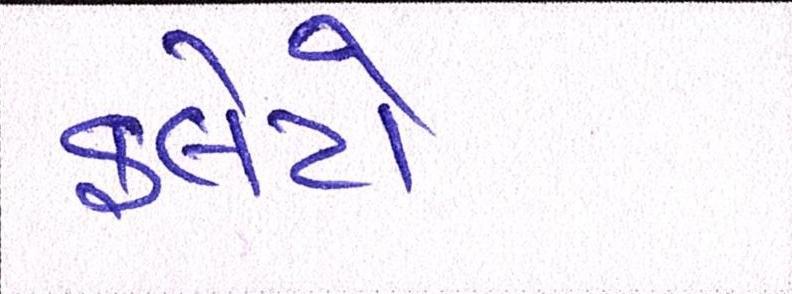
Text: ફ્લેટો